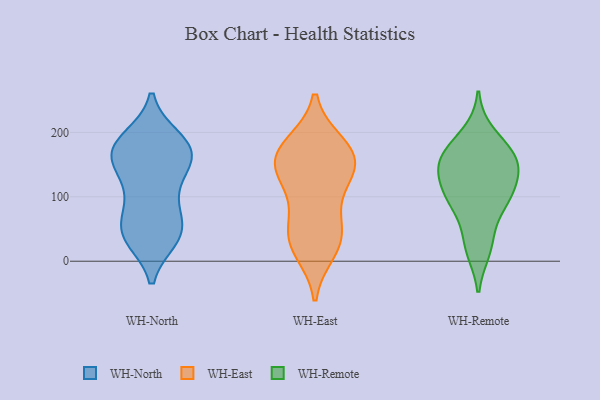
{"axis": {"x": "Operating Costs (USD K)", "y": "Value"}, "legend": ["WH-East", "WH-North", "WH-Remote"], "data": [{"x": "", "y": 90, "type": "WH-North"}, {"x": "", "y": 178, "type": "WH-North"}, {"x": "", "y": 36, "type": "WH-North"}, {"x": "", "y": 123, "type": "WH-North"}, {"x": "", "y": 182, "type": "WH-North"}, {"x": "", "y": 49, "type": "WH-North"}, {"x": "", "y": 167, "type": "WH-North"}, {"x": "", "y": 99, "type": "WH-North"}, {"x": "", "y": 157, "type": "WH-North"}, {"x": "", "y": 62, "type": "WH-North"}, {"x": "", "y": 190, "type": "WH-North"}, {"x": "", "y": 38, "type": "WH-North"}, {"x": "", "y": 166, "type": "WH-North"}, {"x": "", "y": 43, "type": "WH-North"}, {"x": "", "y": 155, "type": "WH-North"}, {"x": "", "y": 186, "type": "WH-North"}, {"x": "", "y": 148, "type": "WH-North"}, {"x": "", "y": 40, "type": "WH-North"}, {"x": "", "y": 44, "type": "WH-East"}, {"x": "", "y": 34, "type": "WH-East"}, {"x": "", "y": 90, "type": "WH-East"}, {"x": "", "y": 153, "type": "WH-East"}, {"x": "", "y": 148, "type": "WH-East"}, {"x": "", "y": 180, "type": "WH-East"}, {"x": "", "y": 39, "type": "WH-East"}, {"x": "", "y": 166, "type": "WH-East"}, {"x": "", "y": 18, "type": "WH-East"}, {"x": "", "y": 146, "type": "WH-East"}, {"x": "", "y": 175, "type": "WH-East"}, {"x": "", "y": 126, "type": "WH-East"}, {"x": "", "y": 166, "type": "WH-Remote"}, {"x": "", "y": 29, "type": "WH-Remote"}, {"x": "", "y": 111, "type": "WH-Remote"}, {"x": "", "y": 18, "type": "WH-Remote"}, {"x": "", "y": 123, "type": "WH-Remote"}, {"x": "", "y": 80, "type": "WH-Remote"}, {"x": "", "y": 166, "type": "WH-Remote"}, {"x": "", "y": 94, "type": "WH-Remote"}, {"x": "", "y": 158, "type": "WH-Remote"}, {"x": "", "y": 102, "type": "WH-Remote"}, {"x": "", "y": 148, "type": "WH-Remote"}, {"x": "", "y": 198, "type": "WH-Remote"}, {"x": "", "y": 152, "type": "WH-Remote"}]}